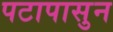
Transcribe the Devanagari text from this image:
पटापासुन